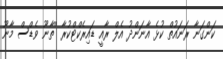
ކަންގަނާ ރަނައުތް ކުޅެ އާނަންދު އެލް ރާއީ ޑައިރެކްޓްކުރާ ''ތާނޫ ވެޑްސް މާނޫ